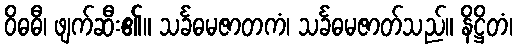
ဝိဓဓီ၊ ဖျက်ဆီး၏။ သင်္ခဓမဇာတကံ၊ သင်္ခဓမဇာတ်သည်။ နိဋ္ဌိတံ၊